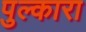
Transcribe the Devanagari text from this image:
पुल्कारा